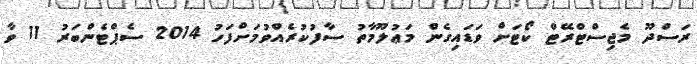
ރަސްދޫ މެޖިސްޓްރޭޓް ކޯޓަށް ވަޑައިގެން މަޢުލޫމާތު ސާފުކުރެއްވުމަށްފަހު 2014 ސެޕްޓެންބަރު 11 ވާ